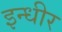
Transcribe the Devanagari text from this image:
इन्धीर